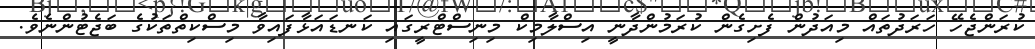
ކުރަންޖެހޭ ހަރަދުތައް މިއަދުން ފެށިގެން ކުރަމުންދާނީ އިސްލާމިކް މިނިސްޓްރީގައި ކަނޑައަޅާފައިވާ މިސްކިތްތަކުގެ ބަޖެޓުންނެެވެ.